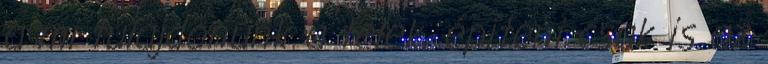
a mi tulajdonunk a telek, építeni csak is az